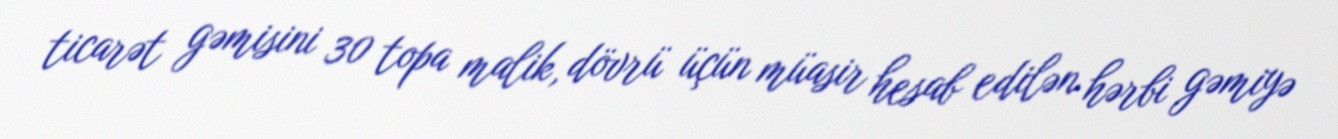
ticarət gəmisini 30 topa malik, dövrü üçün müasir hesab edilən hərbi gəmiyə